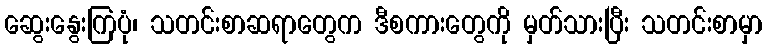
ဆွေးနွေးကြပုံ၊ သတင်းစာဆရာတွေက ဒီစကားတွေကို မှတ်သားပြီး သတင်းစာမှာ